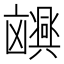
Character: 𫥮